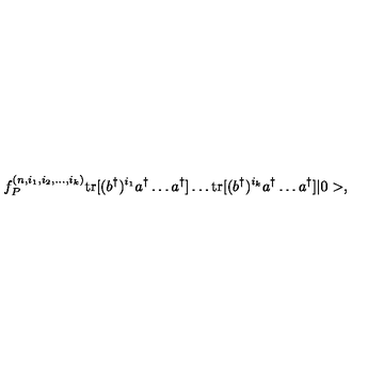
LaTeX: f _ { P } ^ { ( n , i _ { 1 } , i _ { 2 } , \dots , i _ { k } ) } \mathrm { t r } [ ( b ^ { \dagger } ) ^ { i _ { 1 } } a ^ { \dagger } \dots a ^ { \dagger } ] \dots \mathrm { t r } [ ( b ^ { \dagger } ) ^ { i _ { k } } a ^ { \dagger } \dots a ^ { \dagger } ] | 0 > ,